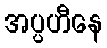
အပ္ပဟီနေ